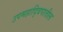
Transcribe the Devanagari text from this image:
उपमहाद्विपातील